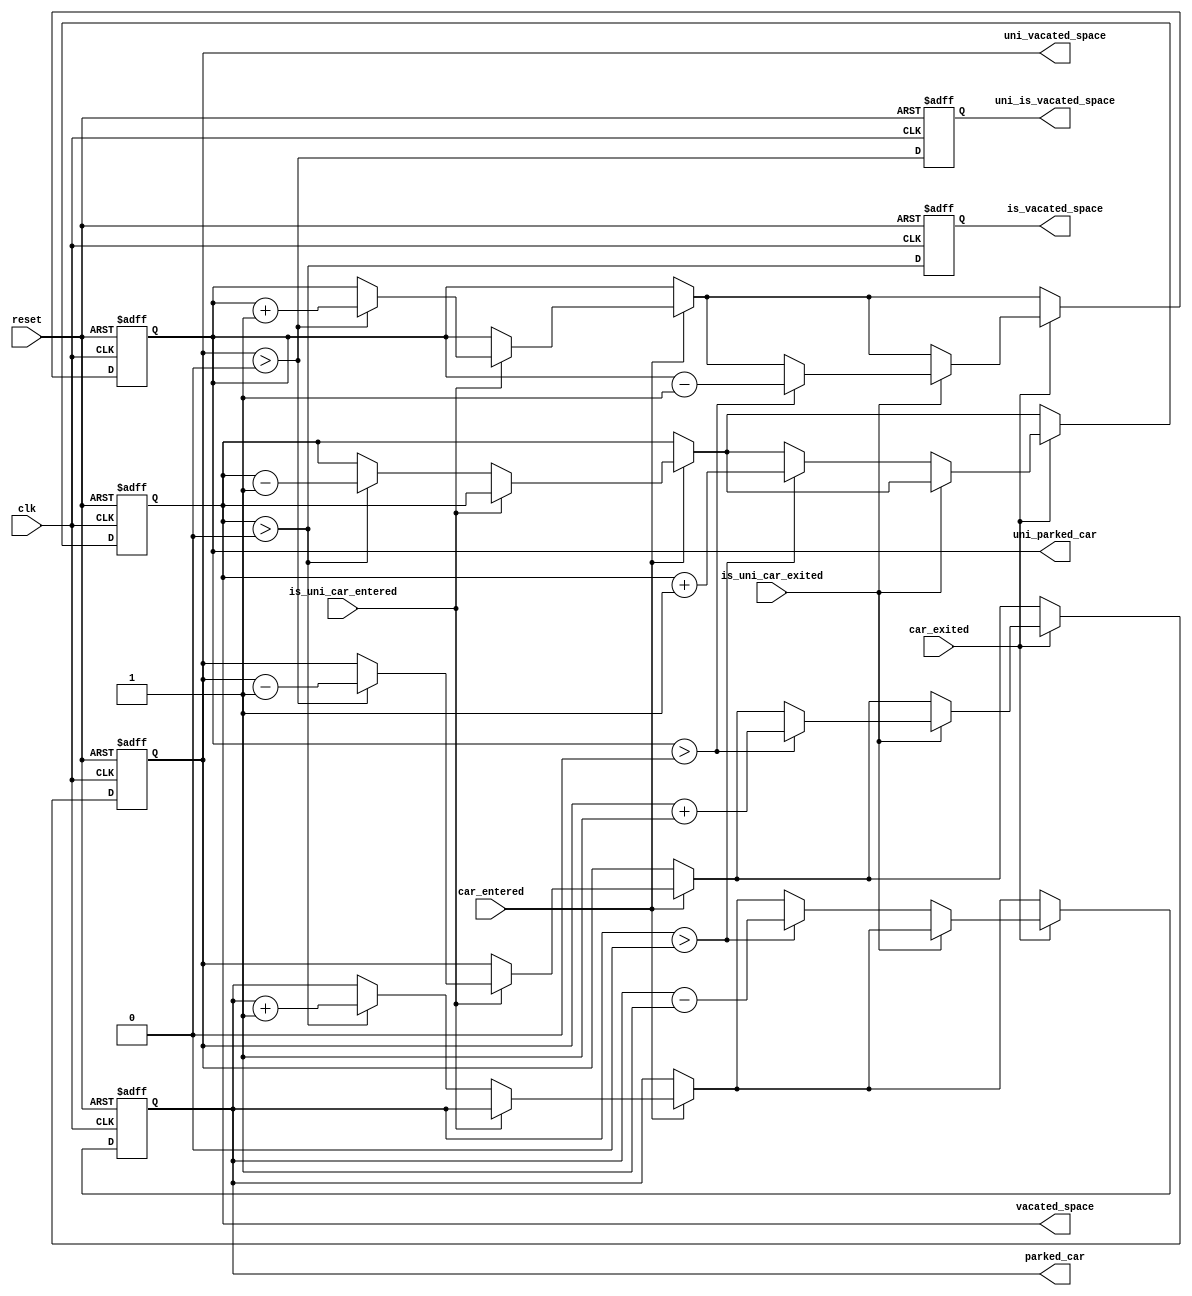
module parking_management (
    input wire clk,
    input wire reset,
    input wire car_entered,
    input wire is_uni_car_entered,
    input wire car_exited,
    input wire is_uni_car_exited,
    output reg [9:0] uni_parked_car,
    output reg [9:0] parked_car,
    output reg [9:0] uni_vacated_space,
    output reg [9:0] vacated_space,
    output reg uni_is_vacated_space,
    output reg is_vacated_space
);

    // Constants
    parameter TOTAL_PARKING_SPACE = 10'd700;
    parameter UNI_PARKING_CAPACITY = 10'd500;
    parameter INITIAL_FREE_SPACE = 10'd200;

    // Internal registers
    reg [9:0] free_space;

    // Initial values
    initial begin
        uni_parked_car = 10'd0;
        parked_car = 10'd0;
        uni_vacated_space = UNI_PARKING_CAPACITY;
        vacated_space = INITIAL_FREE_SPACE;
        uni_is_vacated_space = 1'b1;
        is_vacated_space = 1'b1;
        free_space = TOTAL_PARKING_SPACE - UNI_PARKING_CAPACITY;
    end

    // Always block for managing parking lot
    always @(posedge clk or posedge reset) begin
        if (reset) begin
            uni_parked_car <= 10'd0;
            parked_car <= 10'd0;
            uni_vacated_space <= UNI_PARKING_CAPACITY;
            vacated_space <= INITIAL_FREE_SPACE;
            uni_is_vacated_space <= 1'b1;
            is_vacated_space <= 1'b1;
            free_space <= TOTAL_PARKING_SPACE - UNI_PARKING_CAPACITY;
        end else begin
            // Handle car entering
            if (car_entered) begin
                if (is_uni_car_entered) begin
                    if (uni_vacated_space > 0) begin
                        uni_parked_car <= uni_parked_car + 1;
                        uni_vacated_space <= uni_vacated_space - 1;
                    end
                end else begin
                    if (vacated_space > 0) begin
                        parked_car <= parked_car + 1;
                        vacated_space <= vacated_space - 1;
                    end
                end
            end

            // Handle car exiting
            if (car_exited) begin
                if (is_uni_car_exited) begin
                    if (uni_parked_car > 0) begin
                        uni_parked_car <= uni_parked_car - 1;
                        uni_vacated_space <= uni_vacated_space + 1;
                    end
                end else begin
                    if (parked_car > 0) begin
                        parked_car <= parked_car - 1;
                        vacated_space <= vacated_space + 1;
                    end
                end
            end

            // Update vacated space status
            uni_is_vacated_space <= (uni_vacated_space > 0);
            is_vacated_space <= (vacated_space > 0);
        end
    end
endmodule